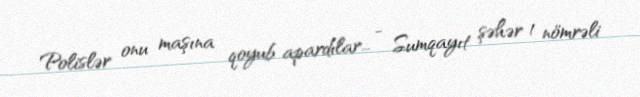
Polislər onu maşına qoyub apardılar... - Sumqayıt şəhər 1 nömrəli